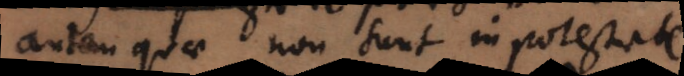
autem quae non sunt in potestate